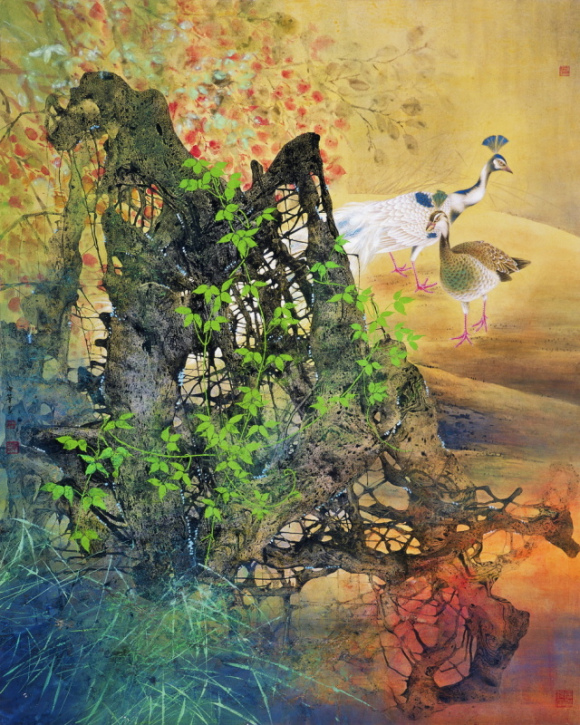
微雨从东来，好风与之俱。